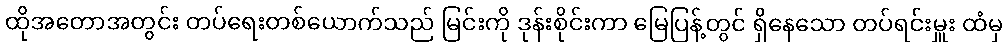
ထိုအတောအတွင်း တပ်ရေးတစ်ယောက်သည် မြင်းကို ဒုန်းစိုင်းကာ မြေပြန့်တွင် ရှိနေသော တပ်ရင်းမှူး ထံမှ